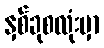
နှစ်ခုစလုံးမှာ